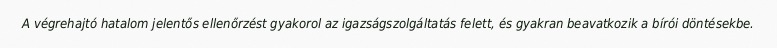
A végrehajtó hatalom jelentős ellenőrzést gyakorol az igazságszolgáltatás felett, és gyakran beavatkozik a bírói döntésekbe.